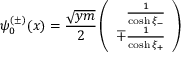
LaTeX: \psi _ { 0 } ^ { ( \pm ) } ( x ) = \frac { \sqrt { y m } } { 2 } \left( \begin{array} { r } { { \frac { 1 } { \cosh \xi _ { - } } } } \\ { { \mp \frac { 1 } { \cosh \xi _ { + } } } } \end{array} \right)